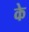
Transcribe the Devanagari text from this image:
के